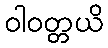
ဝါဝတ္တယိ